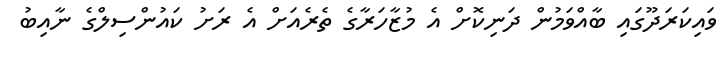
ވައިކަރަދޫގައި ބާއްވަމުން ދަނިކޮށް އެ މުޒާހަރާގެ ތެރެއަށް އެ ރަށު ކައުންސިލްގެ ނާއިބު